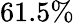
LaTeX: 61.5\%